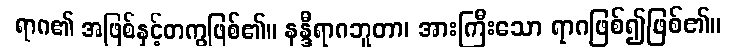
ရာဂ၏ အဖြစ်နှင့်တကွဖြစ်၏။ နန္ဒီရာဂဘူတာ၊ အားကြီးသော ရာဂဖြစ်၍ဖြစ်၏။